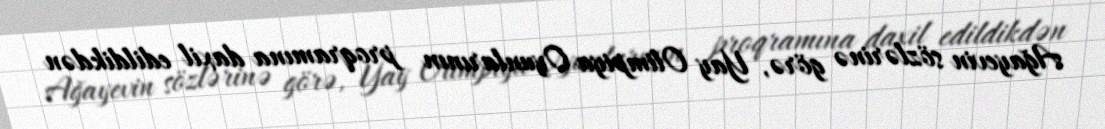
Ağayevin sözlərinə görə, Yay Olimpiya Oyunlarının proqramına daxil edildikdən